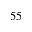
5 5